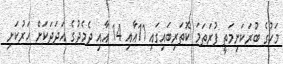
މަހުގެ ބުރަކަށިމަތީ ފުރަތަމަ ކޮތަރިބައިގައި 11އާއި 14 އާއި ދެމެދުގެ އަދަދަކަށް ހަރުކަށި